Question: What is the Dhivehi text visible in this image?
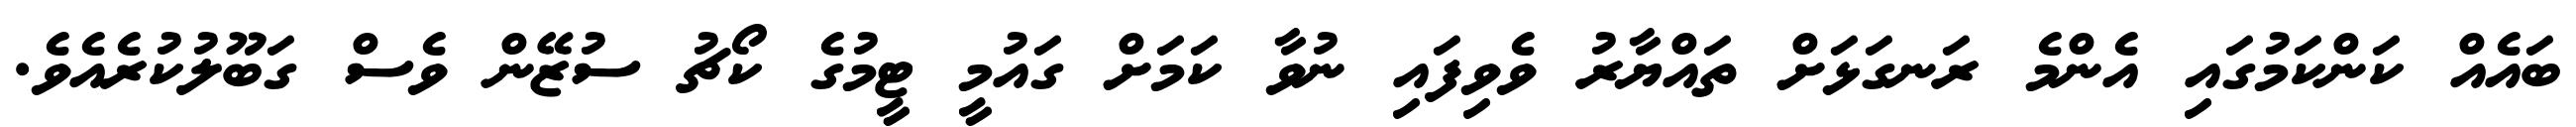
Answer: ބައެއް ކަންކަމުގައި އެންމެ ރަނގަޅަށް ތައްޔާރު ވެވިފައި ނުވާ ކަމަށް ގައުމީ ޓީމުގެ ކޯޗު ސުޒޭން ވެސް ގަބޫލުކުރެއެވެ.